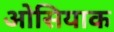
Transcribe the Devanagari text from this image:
ओसियाक